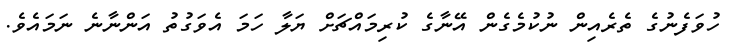
ހުވަފެނުގެ ތެރެއިން ނުކުމެގެން އޭނާގެ ކުރިމައްޗަށް ޔަލާ ހަމަ އެވަގުތު އަންނާނެ ނަމައެވެ.